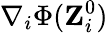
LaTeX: {\mathbf\nabla}_{i}\Phi({\mathbf Z}_{i}^{0})